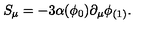
S _ { \mu } = - 3 \alpha ( \phi _ { 0 } ) \partial _ { \mu } \phi _ { ( 1 ) } .